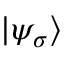
| \psi _ { \sigma } \rangle